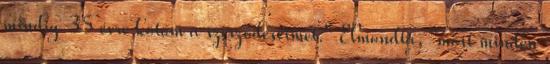
mindig 35 évre kötöm a szerződéseimet." Elmondta, "most minden